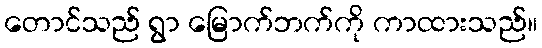
တောင်သည် ရွာ မြောက်ဘက်ကို ကာထားသည်။